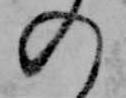
の